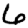
Digit: 6